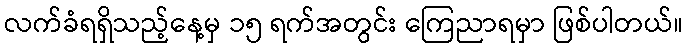
လက်ခံရရှိသည့်နေ့မှ ၁၅ ရက်အတွင်း ကြေညာရမှာ ဖြစ်ပါတယ်။